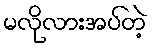
မလိုလားအပ်တဲ့